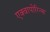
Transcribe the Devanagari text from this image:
एक्वापोरिन्स